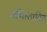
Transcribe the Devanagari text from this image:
अभिस्तावित